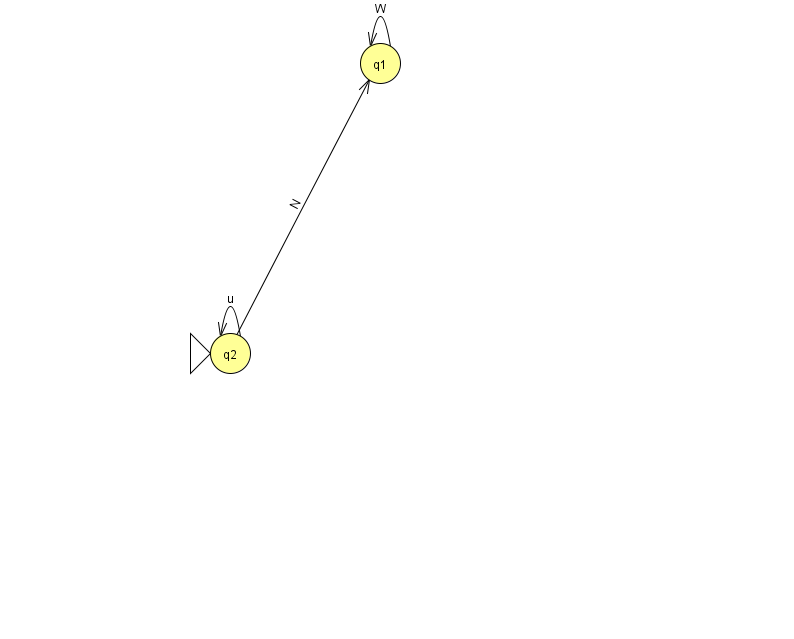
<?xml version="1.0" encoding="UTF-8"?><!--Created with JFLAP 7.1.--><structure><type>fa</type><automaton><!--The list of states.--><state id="1" name="q1"><x>380.0</x><y>50.0</y></state><state id="2" name="q2"><x>230.0</x><y>340.0</y><initial/></state><!--The list of transitions.--><transition><from>2</from><to>1</to><read>N</read></transition><transition><from>2</from><to>2</to><read>u</read></transition><transition><from>1</from><to>1</to><read>W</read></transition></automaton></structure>